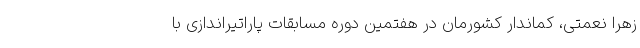
زهرا نعمتی، کماندار کشورمان در هفتمین دوره مسابقات پاراتیراندازی با